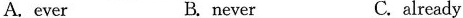
A. ever B.never C.already